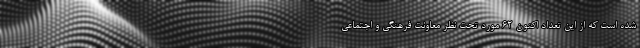
شده است که از این تعداد اکنون ۶۲ مورد تحت نظر معاونت فرهنگی و اجتماعی